Subject: math
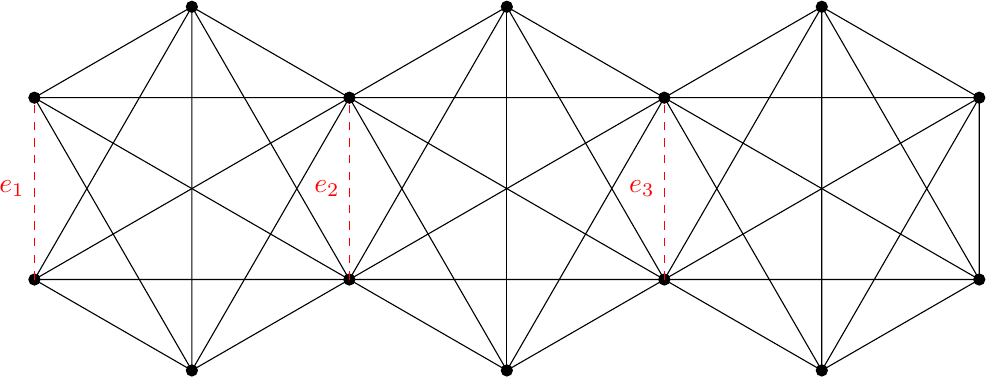
LaTeX code:
		\begin{tikzpicture}
		\filldraw[black] (0,1.1547) circle (2pt);
		\filldraw[black] (0,-1.1547) circle (2pt);
		\filldraw[black] (2,2.3094) circle (2pt);
		\filldraw[black] (2,-2.3094) circle (2pt);
		\filldraw[black] (4,1.1547) circle (2pt);
		\filldraw[black] (4,-1.1547) circle (2pt);
		\filldraw[black] (6,2.3094) circle (2pt);
		\filldraw[black] (6,-2.3094) circle (2pt);
		\filldraw[black] (8,1.1547) circle (2pt);
		\filldraw[black] (8,-1.1547) circle (2pt);
		\filldraw[black] (10,2.3094) circle (2pt);
		\filldraw[black] (10,-2.3094) circle (2pt);
		\filldraw[black] (12,1.1547) circle (2pt);
		\filldraw[black] (12,-1.1547) circle (2pt);
		\draw (0,1.1547) -- (12,1.1547)  -- (6,-2.3094) -- (0,1.1547);
		\draw (0,-1.1547) -- (12,-1.1547)  -- (6,2.3094) -- (0,-1.1547);
		\draw (2,2.3094) -- (2,-2.3094) -- (10,2.3094) -- (10,-2.3094) -- (2,2.3094);
		\draw (0,1.1547) -- (2,2.3094) -- (0,-1.1547) -- (2,-2.3094) -- (0,1.1547);
		\draw (2,2.3094) -- (4,-1.1547) -- (6,2.3094) -- (8,-1.1547) -- (10,2.3094) -- (12,-1.1547) -- (12,1.1547) -- (10,-2.3094) -- (8,1.1547) -- (6,-2.3094) -- (4,1.1547) -- (2,-2.3094);
		\draw (6,2.3094) -- (6,-2.3094);

		\draw (10,2.3094) -- (12,1.1547);
		\draw (10,-2.3094) -- (12,-1.1547);

		\draw[red, dashed] (0,-1.1547) -- node[left] {\(e_1\)} ++(0,2.3094);
		\draw[red, dashed] (4,-1.1547) -- node[left] {\(e_2\)} ++(0,2.3094);
		\draw[red, dashed] (8,-1.1547) -- node[left] {\(e_3\)} ++(0,2.3094);

				\end{tikzpicture}